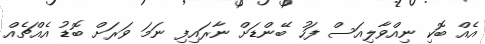
އެއް ބޮކި ނިއްވާލިއަސް ފަހު ބޭންޑަށް ނާރައިފި ނަމަ ވަރަށް ބޮޑު އެއްޗެއް